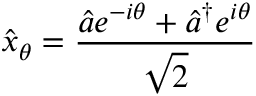
\hat { x } _ { \theta } = \frac { \hat { a } e ^ { - i \theta } + \hat { a } ^ { \dagger } e ^ { i \theta } } { \sqrt { 2 } }